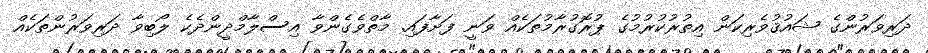
ދަރިވަރުންގެ ޝައުޤުވެރިކަން އިތުރުކުރުމުގެ ޕުރޮގުރާމުތަކެއް ވަނީ ފަށާފައި. މާތްވެގެންވާ އިސްލާމްދީންދެކެ ލޯބިވާ ދަރިވަރުންތަކެއް